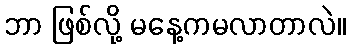
ဘာ ဖြစ်လို့ မနေ့ကမလာတာလဲ။